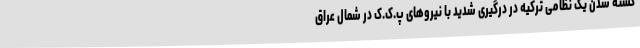
کشته شدن یک نظامی ترکیه در درگیری شدید با نیروهای پ.ک.ک در شمال عراق